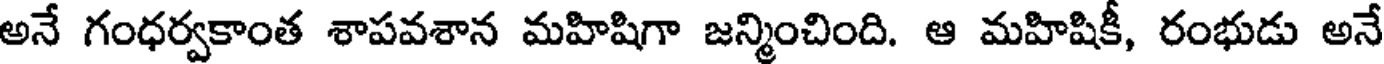
అనే గంధర్వకాంత శాపవశాన మహిషిగా జన్మించింది. ఆ మహిషికీ, రంభుడు అనే